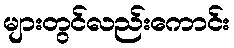
များတွင်လည်းကောင်း